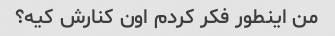
من اینطور فکر کردم اون کنارش کیه؟